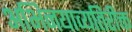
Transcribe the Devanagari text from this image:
अभिनयाव्यतिरीक्त